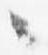
々